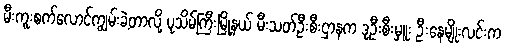
မီးကူးစက်လောင်ကျွမ်းခဲ့တာလို့ ပုသိမ်ကြီးမြို့နယ် မီးသတ်ဦးစီးဌာနက ဒုဦးစီးမှူး ဦးနေမျိုးလင်းက